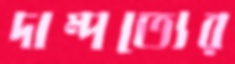
দাম্পত্যের